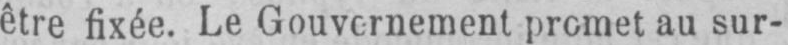
être fixée. Le Gouvernement promet au sur-